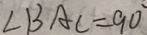
\angle B A C = 9 0 ^ { \circ }